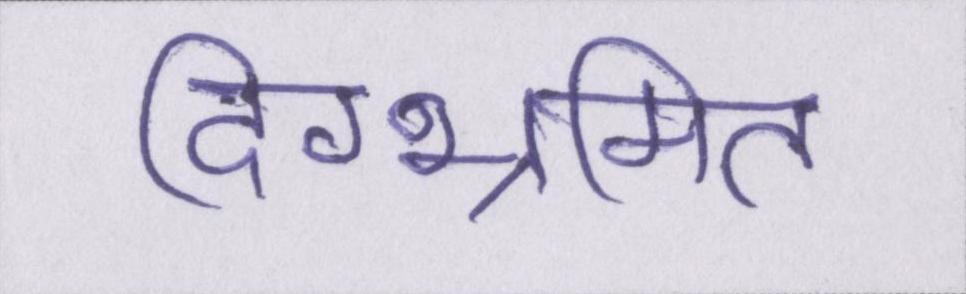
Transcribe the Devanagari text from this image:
दिग्भ्रमित